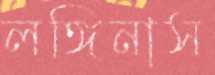
লঙ্গিনাস